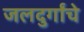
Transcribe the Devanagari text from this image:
जलदुर्गांचे